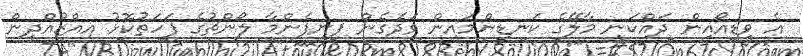
އެ ވީޑިއޯއިން ދައްކަނީ މާލޭގެ ކަނޑިންމައިން ވަދެގެން ފިނިފެންމާ ލޯންޗުގެ ފަހަތުކޮޅު އިއްޒުއްދީން